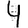
Digit: 4